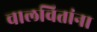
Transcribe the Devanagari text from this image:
चालवितांना